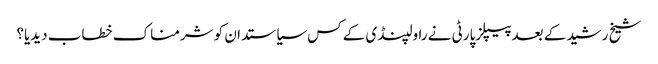
شیخ رشید کے بعدپیپلزپارٹی نے راولپنڈی کے کس سیاستدان کو شرمناک خطاب دیدیا؟